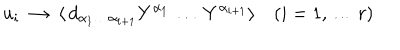
u _ { i } ~ \to ~ \langle \, d _ { \alpha _ { 1 } \dots \alpha _ { i + 1 } } Y ^ { \alpha _ { 1 } } \, \dots \, Y ^ { \alpha _ { i + 1 } } \rangle \quad ( i = 1 , \dots \, r )